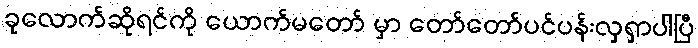
ခုလောက်ဆိုရင်ကို ယောက်မတော် မှာ တော်တော်ပင်ပန်းလှရှာပါပြီ